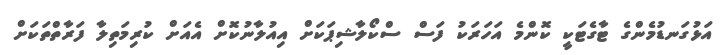
އަޅުގަނޑުމެންގެ ޓާގެޓަކީ ކޮންމެ އަހަރަކު ފަސް ސްކޯލާޝިޕަކަށް އިއުލާނުކޮށް އެއަށް ކުރިމަތިލާ ފަރާތްތަކަށް